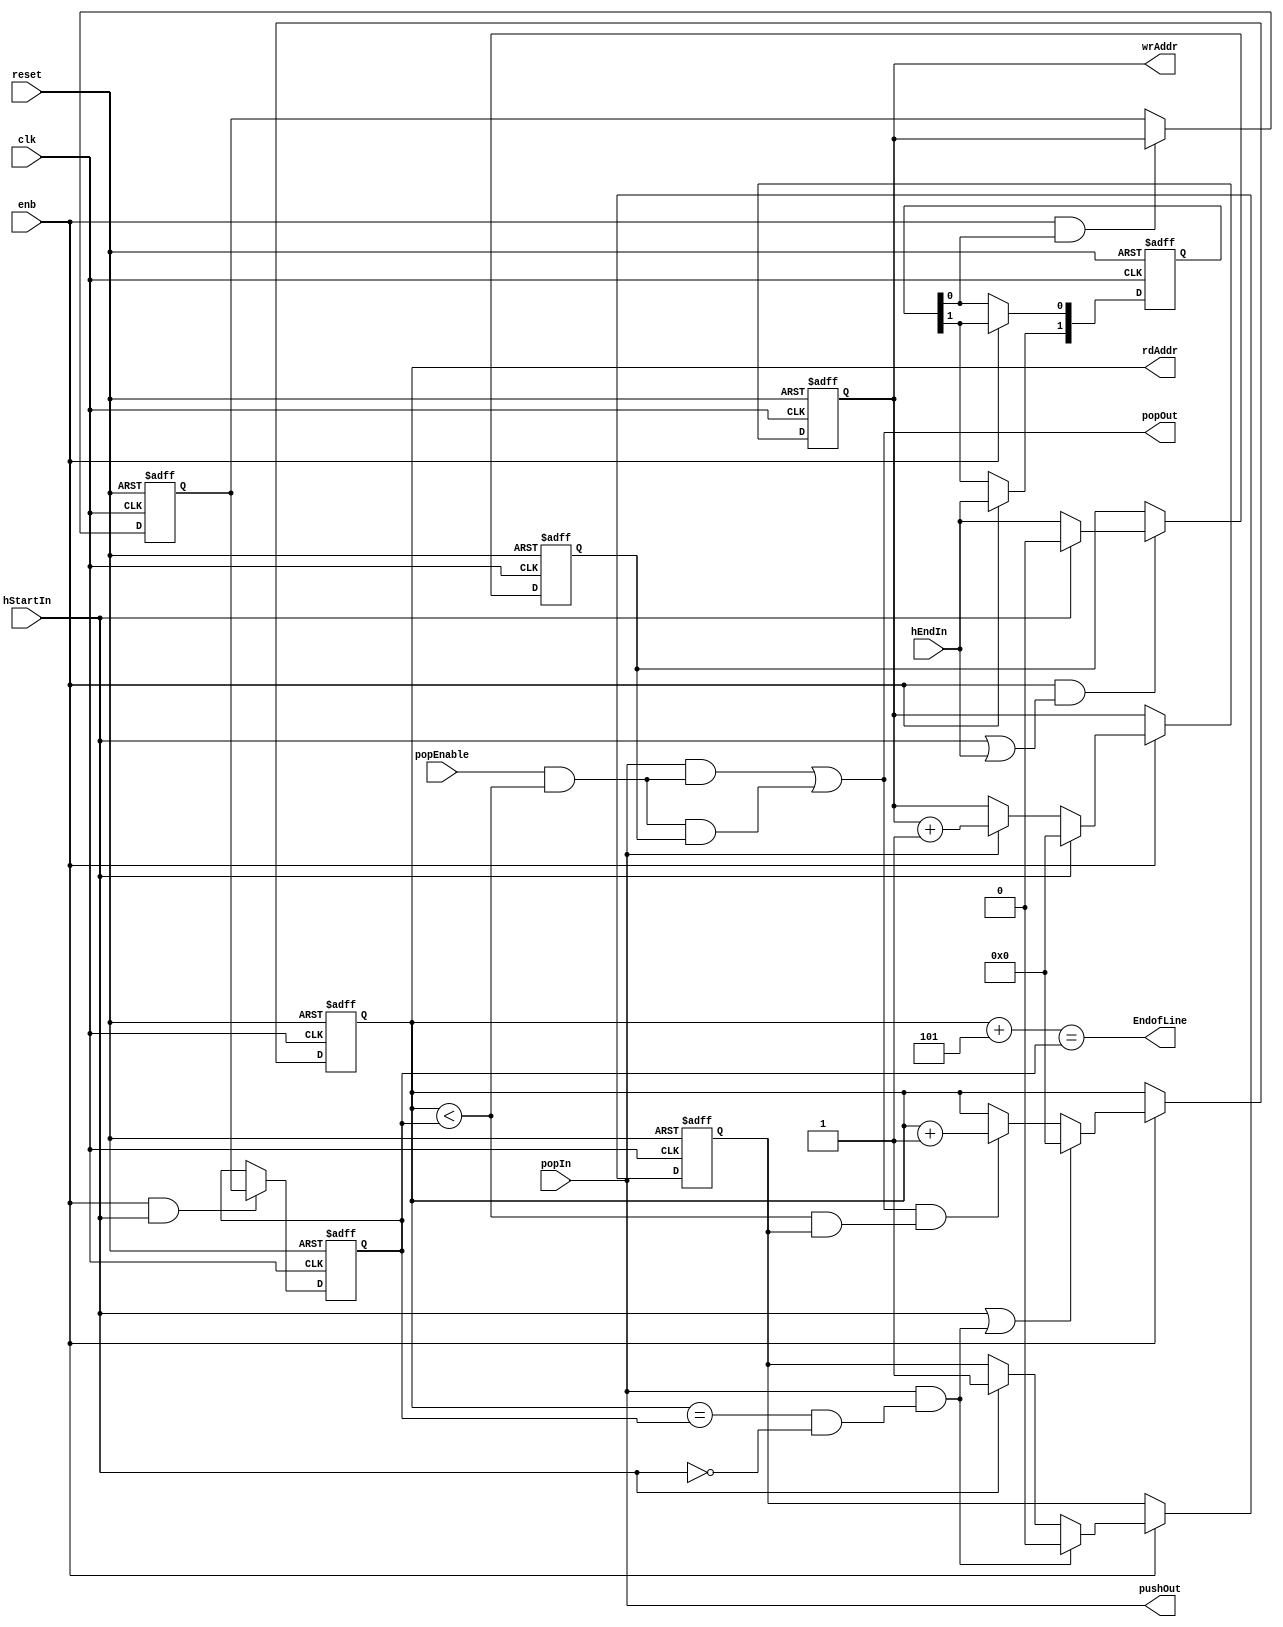
// -------------------------------------------------------------
// 
// 
// Generated by MATLAB 9.13 and HDL Coder 4.0
// 
// -------------------------------------------------------------


// -------------------------------------------------------------
// 
// Module: PushPopCounterOne
// Source Path: BlobAnalysisHDL/BlobDetector/CCA_Algorithm/Closing/LineBuffer/DATA_MEMORY/PushPopCounterOne
// Hierarchy Level: 5
// 
// -------------------------------------------------------------

`timescale 1 ns / 1 ns

module PushPopCounterOne
          (clk,
           reset,
           enb,
           hStartIn,
           popIn,
           popEnable,
           hEndIn,
           wrAddr,
           pushOut,
           rdAddr,
           popOut,
           EndofLine);


  input   clk;
  input   reset;
  input   enb;
  input   hStartIn;
  input   popIn;
  input   popEnable;
  input   hEndIn;
  output  [10:0] wrAddr;  // ufix11
  output  pushOut;
  output  [10:0] rdAddr;  // ufix11
  output  popOut;
  output  EndofLine;


  reg [10:0] writeCount;  // ufix11
  reg  [0:1] intdelay_reg;  // ufix1 [2]
  wire [0:1] intdelay_reg_next;  // ufix1 [2]
  wire writeStoreEn;
  reg [10:0] writeCountNext;  // ufix11
  reg [10:0] writeCountCurrent;  // ufix11
  wire readReset;
  wire InBetweenEn;
  wire ConstantZero;
  wire InBetweenRegIn;
  reg  InBetween;
  wire readCountCompare;
  wire popTerm2;
  wire relop_relop1;
  wire popTerm1;
  wire popCounter;
  wire readReset_1;
  reg  readPop;
  reg [10:0] readCount;  // ufix11
  wire popcountless;
  wire relop_relop1_1;
  wire startOrEnd;
  wire [10:0] constantTwo;  // ufix11
  wire [10:0] readCountAhead;  // ufix11
  wire relop_relop1_2;


  // Free running, Unsigned Counter
  //  initial value   = 0
  //  step value      = 1
  always @(posedge clk or posedge reset)
    begin : Write_Count_process
      if (reset == 1'b1) begin
        writeCount <= 11'b00000000000;
      end
      else begin
        if (enb) begin
          if (hStartIn == 1'b1) begin
            writeCount <= 11'b00000000000;
          end
          else if (popIn == 1'b1) begin
            writeCount <= writeCount + 11'b00000000001;
          end
        end
      end
    end



  assign wrAddr = writeCount;

  assign pushOut = popIn;

  always @(posedge clk or posedge reset)
    begin : intdelay_process
      if (reset == 1'b1) begin
        intdelay_reg[0] <= 1'b0;
        intdelay_reg[1] <= 1'b0;
      end
      else begin
        if (enb) begin
          intdelay_reg[0] <= intdelay_reg_next[0];
          intdelay_reg[1] <= intdelay_reg_next[1];
        end
      end
    end

  assign writeStoreEn = intdelay_reg[1];
  assign intdelay_reg_next[0] = hEndIn;
  assign intdelay_reg_next[1] = intdelay_reg[0];



  always @(posedge clk or posedge reset)
    begin : reg_rsvd_process
      if (reset == 1'b1) begin
        writeCountNext <= 11'b00000000000;
      end
      else begin
        if (enb && writeStoreEn) begin
          writeCountNext <= writeCount;
        end
      end
    end



  always @(posedge clk or posedge reset)
    begin : reg_rsvd_1_process
      if (reset == 1'b1) begin
        writeCountCurrent <= 11'b00000000000;
      end
      else begin
        if (enb && hStartIn) begin
          writeCountCurrent <= writeCountNext;
        end
      end
    end



  assign readReset =  ~ hStartIn;



  assign InBetweenEn = hStartIn | hEndIn;



  assign ConstantZero = 1'b0;



  assign InBetweenRegIn = (hStartIn == 1'b0 ? hEndIn :
              ConstantZero);



  always @(posedge clk or posedge reset)
    begin : reg_rsvd_2_process
      if (reset == 1'b1) begin
        InBetween <= 1'b0;
      end
      else begin
        if (enb && InBetweenEn) begin
          InBetween <= InBetweenRegIn;
        end
      end
    end



  assign popTerm2 = readCountCompare & InBetween;



  assign readCountCompare = popEnable & relop_relop1;



  assign popTerm1 = popIn & readCountCompare;



  assign popCounter = popTerm1 | popTerm2;



  always @(posedge clk or posedge reset)
    begin : readResetREG_process
      if (reset == 1'b1) begin
        readPop <= 1'b0;
      end
      else begin
        if (enb) begin
          if (readReset_1 == 1'b1) begin
            readPop <= 1'b0;
          end
          else begin
            if (hStartIn) begin
              readPop <= hStartIn;
            end
          end
        end
      end
    end



  assign relop_relop1 = readCount < writeCountCurrent;



  assign popcountless = popCounter & (relop_relop1 & readPop);



  assign relop_relop1_1 = readCount == writeCountCurrent;



  assign readReset_1 = popIn & (relop_relop1_1 & readReset);



  assign startOrEnd = hStartIn | readReset_1;



  // Free running, Unsigned Counter
  //  initial value   = 0
  //  step value      = 1
  always @(posedge clk or posedge reset)
    begin : Read_Count_process
      if (reset == 1'b1) begin
        readCount <= 11'b00000000000;
      end
      else begin
        if (enb) begin
          if (startOrEnd == 1'b1) begin
            readCount <= 11'b00000000000;
          end
          else if (popcountless == 1'b1) begin
            readCount <= readCount + 11'b00000000001;
          end
        end
      end
    end



  assign rdAddr = readCount;

  assign popOut = popCounter;

  assign constantTwo = 11'b00000000101;



  assign readCountAhead = readCount + constantTwo;



  assign relop_relop1_2 = readCountAhead == writeCountCurrent;



  assign EndofLine = relop_relop1_2;

endmodule  // PushPopCounterOne